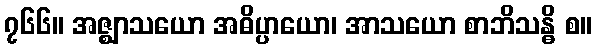
၇၆၆။ အဇ္ဈာသယော အဓိပ္ပာယော၊ အာသယော စာဘိသန္ဓိ စ။